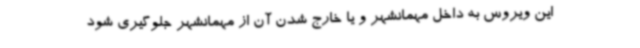
این ویروس به داخل مهمانشهر و یا خارج شدن آن از مهمانشهر جلوگیری شود